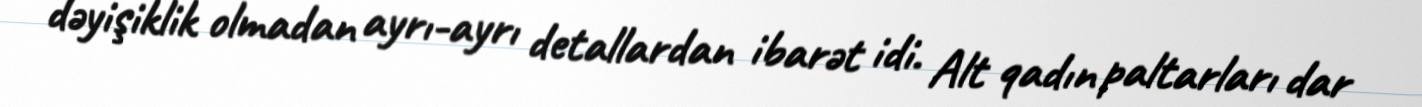
dəyişiklik olmadan ayrı-ayrı detallardan ibarət idi. Alt qadın paltarları dar